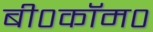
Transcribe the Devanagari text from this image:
बी०कॉम०